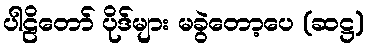
ပါဠိတော် ပိုဒ်များ မခွဲတော့ပေ (ဆဋ္ဌ)